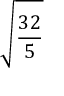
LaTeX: \sqrt { \frac { 3 2 } { 5 } }